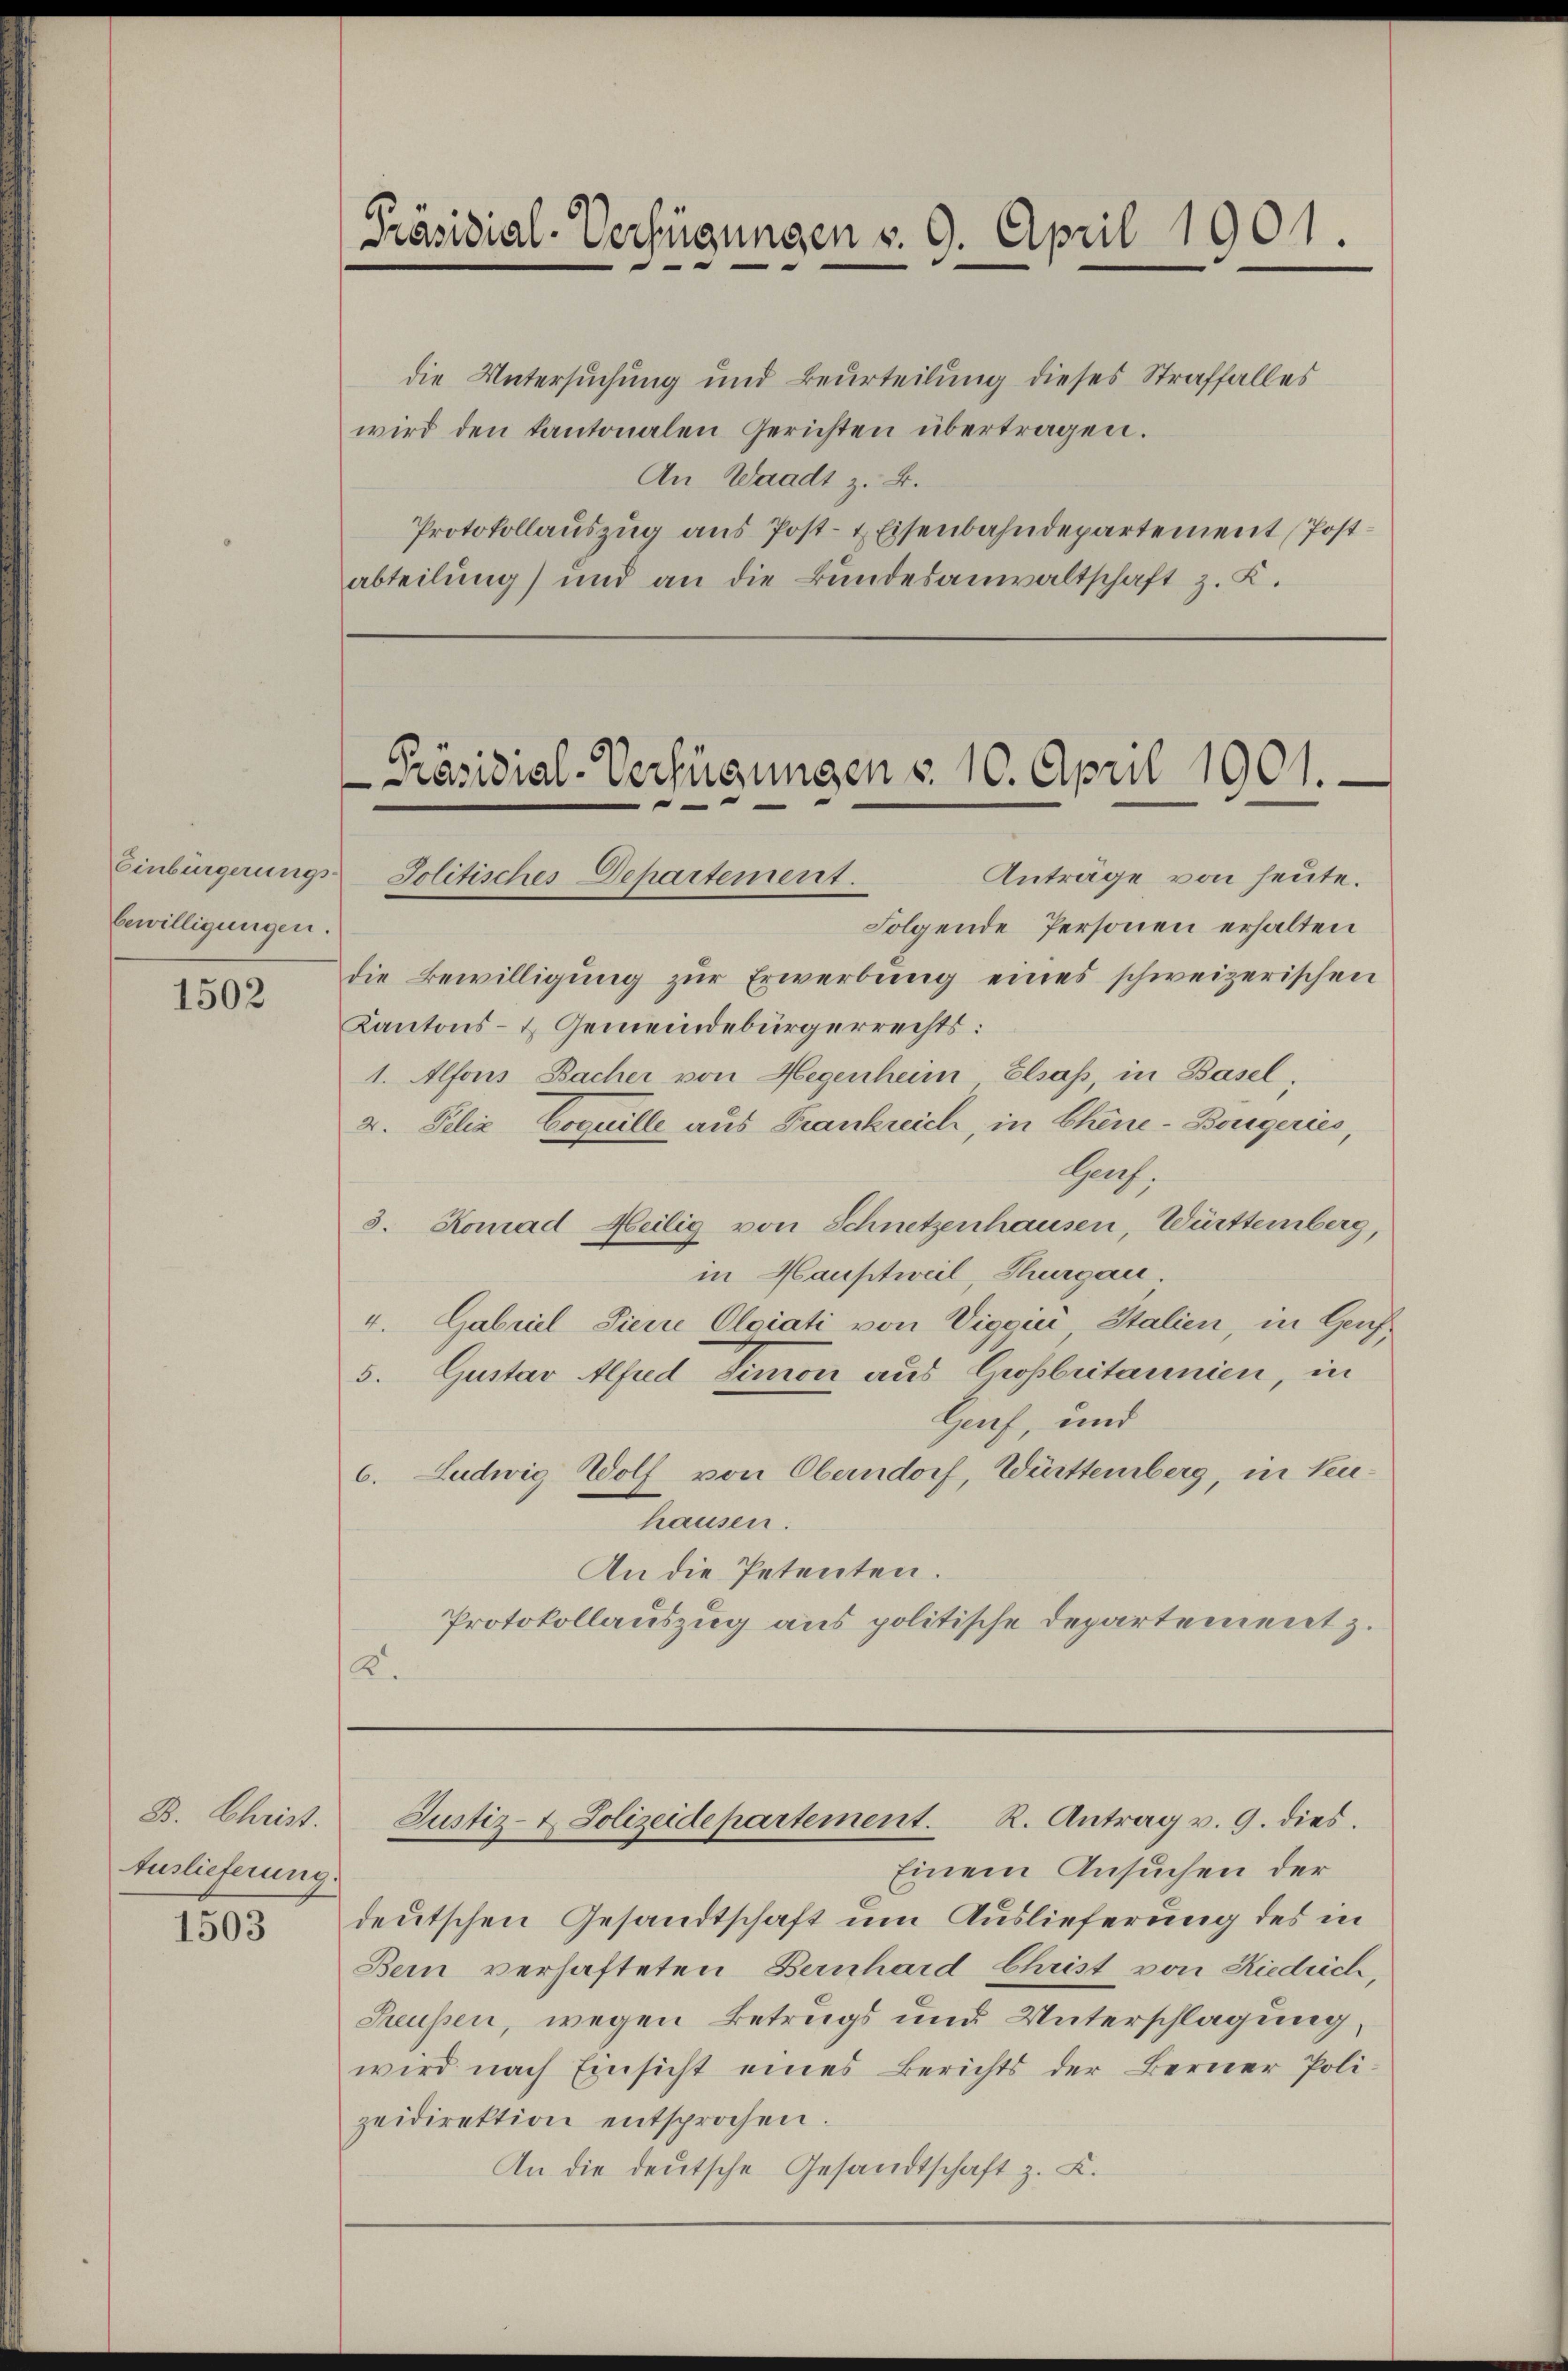
Einbürgerungs
bewilligungen.

1502

88. Christ.
Auslieferung.

1503

Präsidial-Verfügungen v. 9. April 1901.
e

die Untersuchung und Beurteilung dieses Straffalles
wird den kantonalen Gerichten übertragen.
An Waadt z. B.
Protokollaŭszŭg aŭs Post- & Eisenbahndepartement (Postabteilung) und an die Bundesanwaltschaft z. K.

Präsidial-Verfügungen §. 10. April 1901.
Anträge von heute.
Jolitisches Departement.

Folgende Personen erhalten
die Bewilligung zur Erwerbung eines schweizerischen
Kantons- & Gemeindebürgerrechts:
1. Alfons Bacher von Hegenheim Elsaß, in Basel,
2. Felix Coquille aus Frankreich, in Chine-Bougeries,
Harf.
3. Komad Heilig von Schnetzenhausen, Württemberg,
in Hauptweil, Thurgau.
4. Gabriel Pierre Oloiati von Vigaici, Italien, in Genf¬
5. Gustav Alfred Simon aus Großbritannien, in
Genf, und
6. Ludwig Wolf von Oberndorf, Württemberg, in Neuhausen.
An die Petenten.
Protokollauszug aus politische Departement z.
A.

Einem Ansuchen der
deutschen Gesandtschaft um Auslieferung des in
Bern verhafteten Bernhard Christ von Riedrich,
Seussen, wegen Betrugs und Unterschlagung,
wird nach Einsicht eines Berichts der Berner Polizeidirektion entsprochen.
An die deutsche Gesandtschaft z. B.

Justiz- & Polizeidepartement. R. Antrag v. 9. dies.